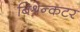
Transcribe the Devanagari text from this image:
बिश्रेन्कटर